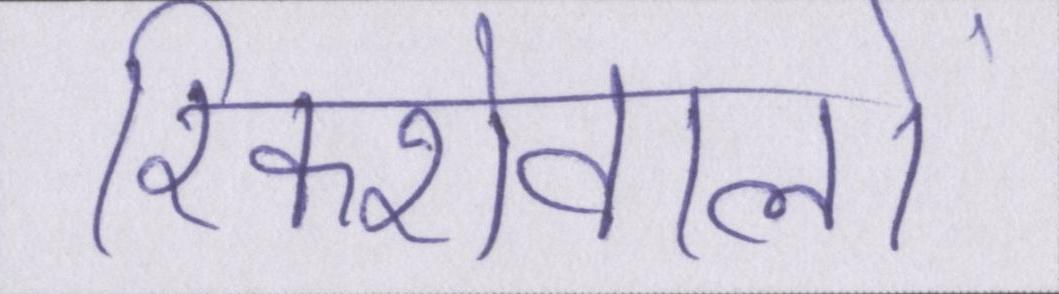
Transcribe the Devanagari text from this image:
रिक्शेवालों